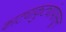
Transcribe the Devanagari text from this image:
काट्याकुट्यांपासून